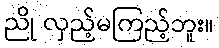
ညို လှည့်မကြည့်ဘူး။